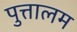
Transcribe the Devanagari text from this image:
पुत्तालम